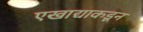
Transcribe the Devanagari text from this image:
एखाद्याकडून